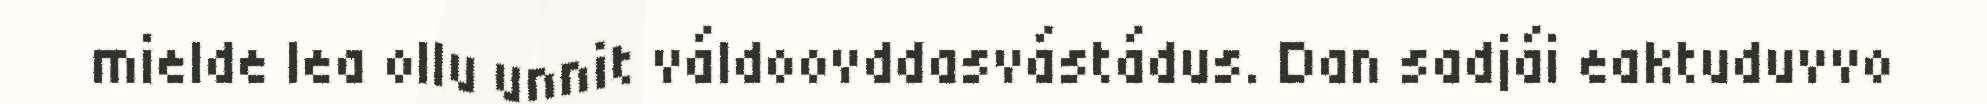
mielde lea ollu unnit váldoovddasvástádus. Dan sadjái eaktuduvvo